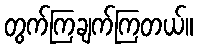
တွက်ကြချက်ကြတယ်။